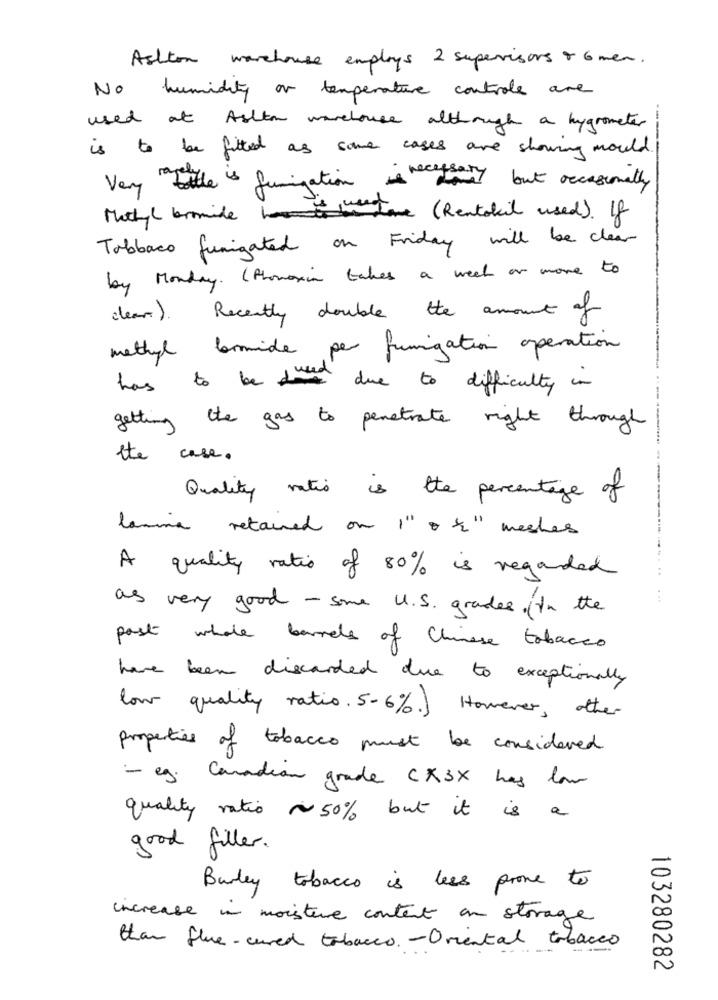
Ashton warehouse employs 2 supervisors & 6 men.
No humidity or temperature controle are
--
used at Aalton warehouse although a hygrometer
is to be fitted as some cases are showing mould
Very bottle is fumigationis necessary
They but occasionally
Methyl bromide home ( Rentokil used). If
Tobbaco funigated on Friday will be clear
by Monday. ( Phonexia takes a week or more to
clear).
Recently double the amount of
methyl bromide per fumigation operation
has
be used due to difficulty in
getting the gas to penetrate right through
the case.
Quality ratio is the percentage of
lamina retained on 1" &" meshes
A quality ratio of 80% is regarded
..
. ..
as very good - some U.S. grandes. (In the
post whole barrels of Chinese tobacco
have been discarded due to exceptionally
low quality ratio. 5-6%. However, other
properties of tobacco must be considered
- eg. Canadian grade CX3X has low
quality ratio ~50% but it is a
good filler.
Burnley tobacco is less prove to
increase in moisture content on storage
than flue- cured tabacco. - Oriental tobacco
103280282